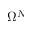
\Omega ^ { N }